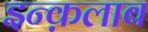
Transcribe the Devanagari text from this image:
इन्क़लाब